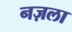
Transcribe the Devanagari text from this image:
नज़ला